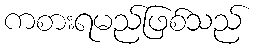
ကစားရမည်ဖြစ်သည်